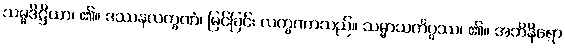
သမ္မဒိဋ္ဌိယာ၊ ၏။ ဒဿနလက္ခဏံ၊ မြင်ခြင်း လက္ခဏာသည်။ သမ္မာသင်္ကပ္ပဿ၊ ၏။ အဘိနိရော